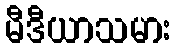
မီဒီယာသမား